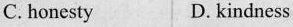
C. honesty D. kindness